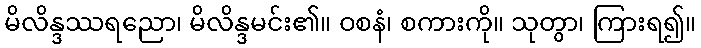
မိလိန္ဒဿရညော၊ မိလိန္ဒမင်း၏။ ဝစနံ၊ စကားကို။ သုတွာ၊ ကြားရ၍။